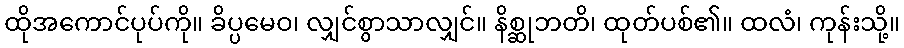
ထိုအကောင်ပုပ်ကို။ ခိပ္ပမေဝ၊ လျှင်စွာသာလျှင်။ နိစ္ဆုဘတိ၊ ထုတ်ပစ်၏။ ထလံ၊ ကုန်းသို့။